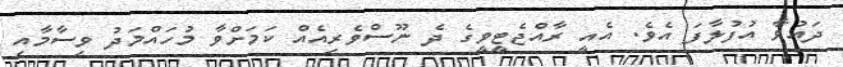
ދައުވާ އުފުލާފަ އެވެ. އެއީ ރާއްޖެޓީވީގެ ދެ ނޫސްވެރިއެއް ކަމަށްވާ މުހައްމަދު ވިސާމާއި